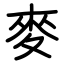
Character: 麥